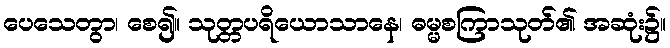
ပေသေတွာ၊ စေ၍။ သုတ္တပရိယောသာနေ၊ ဓမ္မစကြာသုတ်၏ အဆုံး၌။